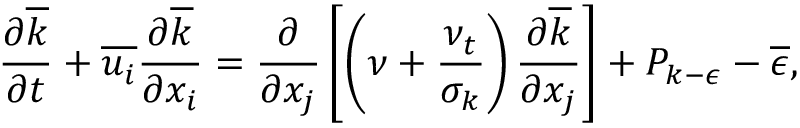
\frac { \partial \overline { { k } } } { \partial t } + \overline { { u _ { i } } } \frac { \partial \overline { { k } } } { \partial x _ { i } } = \frac { \partial } { \partial x _ { j } } \left[ \left( \nu + \frac { \nu _ { t } } { \sigma _ { k } } \right) \frac { \partial \overline { { k } } } { \partial x _ { j } } \right] + P _ { k - \epsilon } - \overline { { \epsilon } } ,